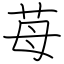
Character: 苺